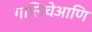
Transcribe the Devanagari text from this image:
गालिचेआणि